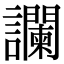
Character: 讕